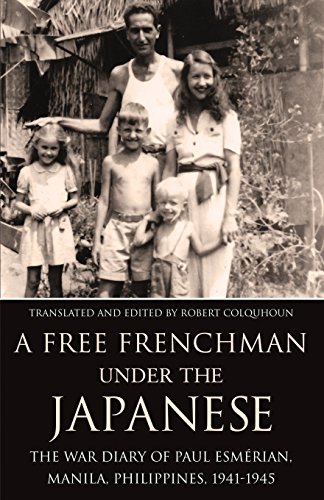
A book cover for A Free Frenchman under the Japanese: The War Diary of Paul EsmÃ©rian, Manila, Philippines, 1941-1945; History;